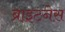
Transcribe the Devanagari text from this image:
ब्राइटनेस